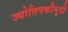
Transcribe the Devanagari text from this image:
ज्योतिषकौमुदी